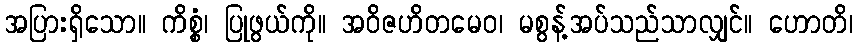
အပြားရှိသော။ ကိစ္စံ၊ ပြုဖွယ်ကို။ အဝိဇဟိတမေဝ၊ မစွန့်အပ်သည်သာလျှင်။ ဟောတိ၊